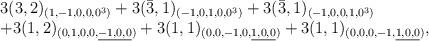
LaTeX: \begin{align*}\begin{array}{l}3(3,2)_{(1,-1,0,0,0^3)}+3(\bar{3},1)_{(-1,0,1,0,0^3)}+3(\bar{3},1)_{(-1,0,0,1,0^3)} \\+3(1,2)_{(0,1,0,0,\underline{-1,0,0})}+3(1,1)_{(0,0,-1,0,\underline{1,0,0})}+3(1,1)_{(0,0,0,-1,\underline{1,0,0})},\end{array}\end{align*}